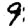
Digit: 9